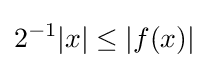
2^{-1}|x|\leq |f(x)|